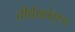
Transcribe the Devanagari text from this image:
तीर्थयात्रेवरून